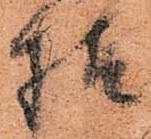
様